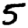
Digit: 5